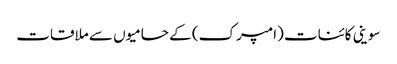
سوینی کائنات (امپرک) کے حامیوں سے ملاقات